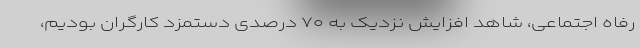
رفاه اجتماعی، شاهد افزایش نزدیک به ۷۰ درصدی دستمزد کارگران بودیم،